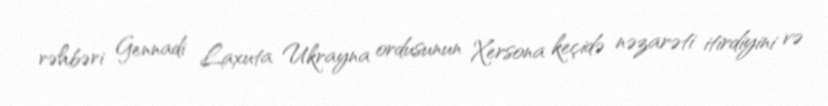
rəhbəri Gennadi Laxuta Ukrayna ordusunun Xersona keçidə nəzarəti itirdiyini və